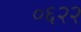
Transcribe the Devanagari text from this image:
०६२२